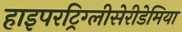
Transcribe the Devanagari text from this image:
हाइपरट्रिग्लीसेरीडेमिया